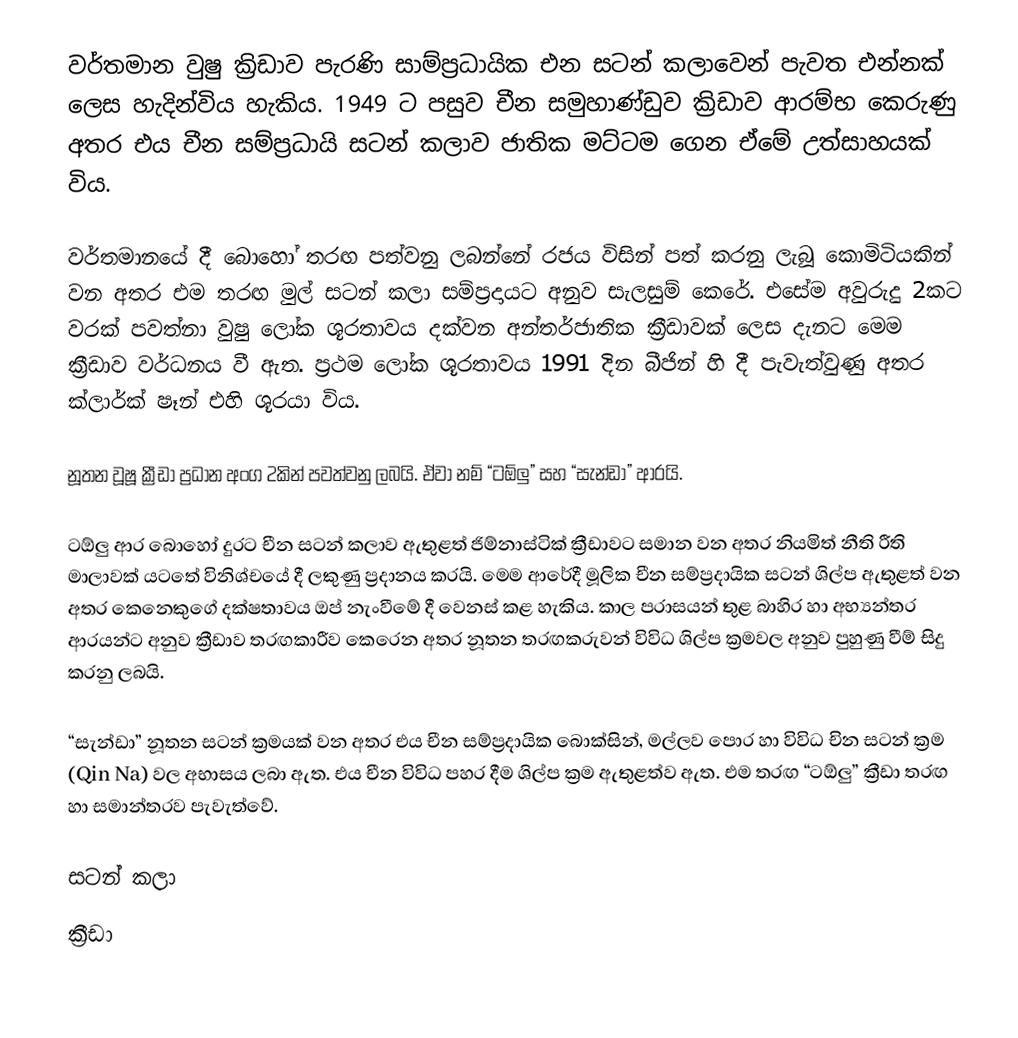
වර්තමාන වුෂු ක්‍රිඩාව පැරණි සාම්‍ප්‍රධායික එන සටන් කලාවෙන් පැවත එන්නක් ලෙස හැදින්විය හැකිය. 1949 ට පසුව චීන සමුහාණ්ඩුව ක්‍රිඩාව ආරම්‍භ කෙරුණු අතර එය චීන සම්‍ප්‍රධායි සටන් කලාව ජාතික මට්‍ටම ගෙන ඒ‍මේ උත්සාහයක් විය.

වර්තමානයේ දී බොහෝ තරඟ පත්වනු ලබන්නේ රජය විසින් පත් කරනු ලැබූ කොමිටියකින් වන අතර එම තරඟ මුල් සටන් කලා සම්ප්‍රදායට අනුව සැලසුම් කෙරේ. එසේම අවුරුදු 2කට වරක් පවත්නා  වුෂු ලෝක ශූරතාවය දක්වන අන්තර්ජාතික ක්‍රීඩාවක් ලෙස දැනට මෙම ක්‍රීඩාව වර්ධනය වී ඇත. ප්‍රථම ලෝක ශූරතාවය 1991 දින බීජින් හි දී පැවැත්වුණු අතර ක්ලාර්ක් ෂෑන් එහි ශූරයා විය.

නූතන වූෂූ ක්‍රීඩා ප්‍රධාන අංග 2කින් පවත්වනු ලබයි. ඒවා නම් “ටඕලු” සහ “සැන්ඩා” ආරයි.

ටඕලු ආර බොහෝ දුරට චීන සටන් කලාව ඇතුළත් ජිම්නාස්ටික් ක්‍රීඩාවට සමාන වන අතර නියමිත් නීති රීති මාලාවක් යටතේ විනිශ්චයේ දී ලකුණු ප්‍රදානය කරයි. මෙම ආරේදී මූලික චීන සම්ප්‍රදායික සටන් ශිල්ප ඇතුළත් වන අතර කෙනෙකුගේ දක්ෂතාවය ඔප් නැංවීමේ දී වෙනස් කළ හැකිය. කාල පරාසයන් තුළ බාහිර හා අභ්‍යන්තර ආරයන්ට අනුව ක්‍රීඩාව තරඟකාරීව කෙරෙන අතර නූතන තරඟකරුවන් විවිධ ශිල්ප ක්‍රමවල අනුව පුහුණු වීම් සිදු කරනු ලබයි.

“සැන්ඩා” නූතන සටන් ක්‍රමයක් වන අතර එය චීන සම්ප්‍රදායික බොක්සින්, මල්ලව පොර හා විවිධ චින සටන් ක්‍රම (Qin Na) වල අභාසය ලබා ඇත. එය චීන විවිධ පහර දීම ශිල්ප ක්‍රම ඇතුළත්ව ඇත. එම තරඟ “ටඕලු” ක්‍රීඩා තරඟ හා සමාන්තරව පැවැත්වේ.

සටන් කලා
ක්‍රීඩා